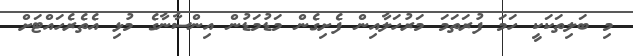
މި ބަލިތަކަކީ ހަމަ ފުރަތަމަ މަރުހަލާއިން ފެށިގެން މަޑުމަޑުން އިންސާނާގެ މުޅި އެތެރެހައްޓަށް